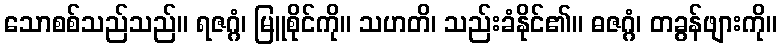
သောစစ်သည်သည်။ ရဇဂ္ဂံ၊ မြူစိုင်ကို။ သဟတိ၊ သည်းခံနိုင်၏။ ဓဇဂ္ဂံ၊ တခွန်ဖျားကို။